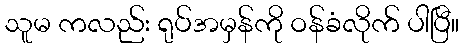
သူမ ကလည်း ရုပ်အမှန်ကို ဝန်ခံလိုက် ပါပြီ။